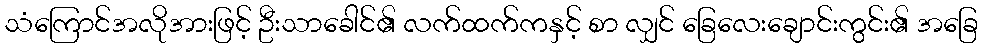
သံကြောင်အလိုအားဖြင့် ဦးသာခေါင်၏ လက်ထက်ကနှင့် စာ လျှင် ခြေလေးချောင်းကွင်း၏ အခြေ